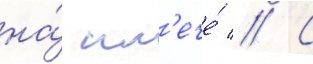
на́ пл'ече́ // С